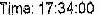
TIME: 17:34:00